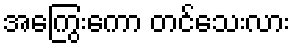
အကြွေးကော တင်သေးလား